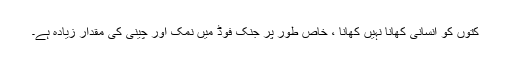
کتوں کو انسانی کھانا نہیں کھانا ، خاص طور پر جنک فوڈ میں نمک اور چینی کی مقدار زیادہ ہے۔